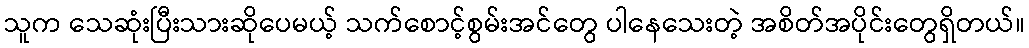
သူက သေဆုံးပြီးသားဆိုပေမယ့် သက်စောင့်စွမ်းအင်တွေ ပါနေသေးတဲ့ အစိတ်အပိုင်းတွေရှိတယ်။